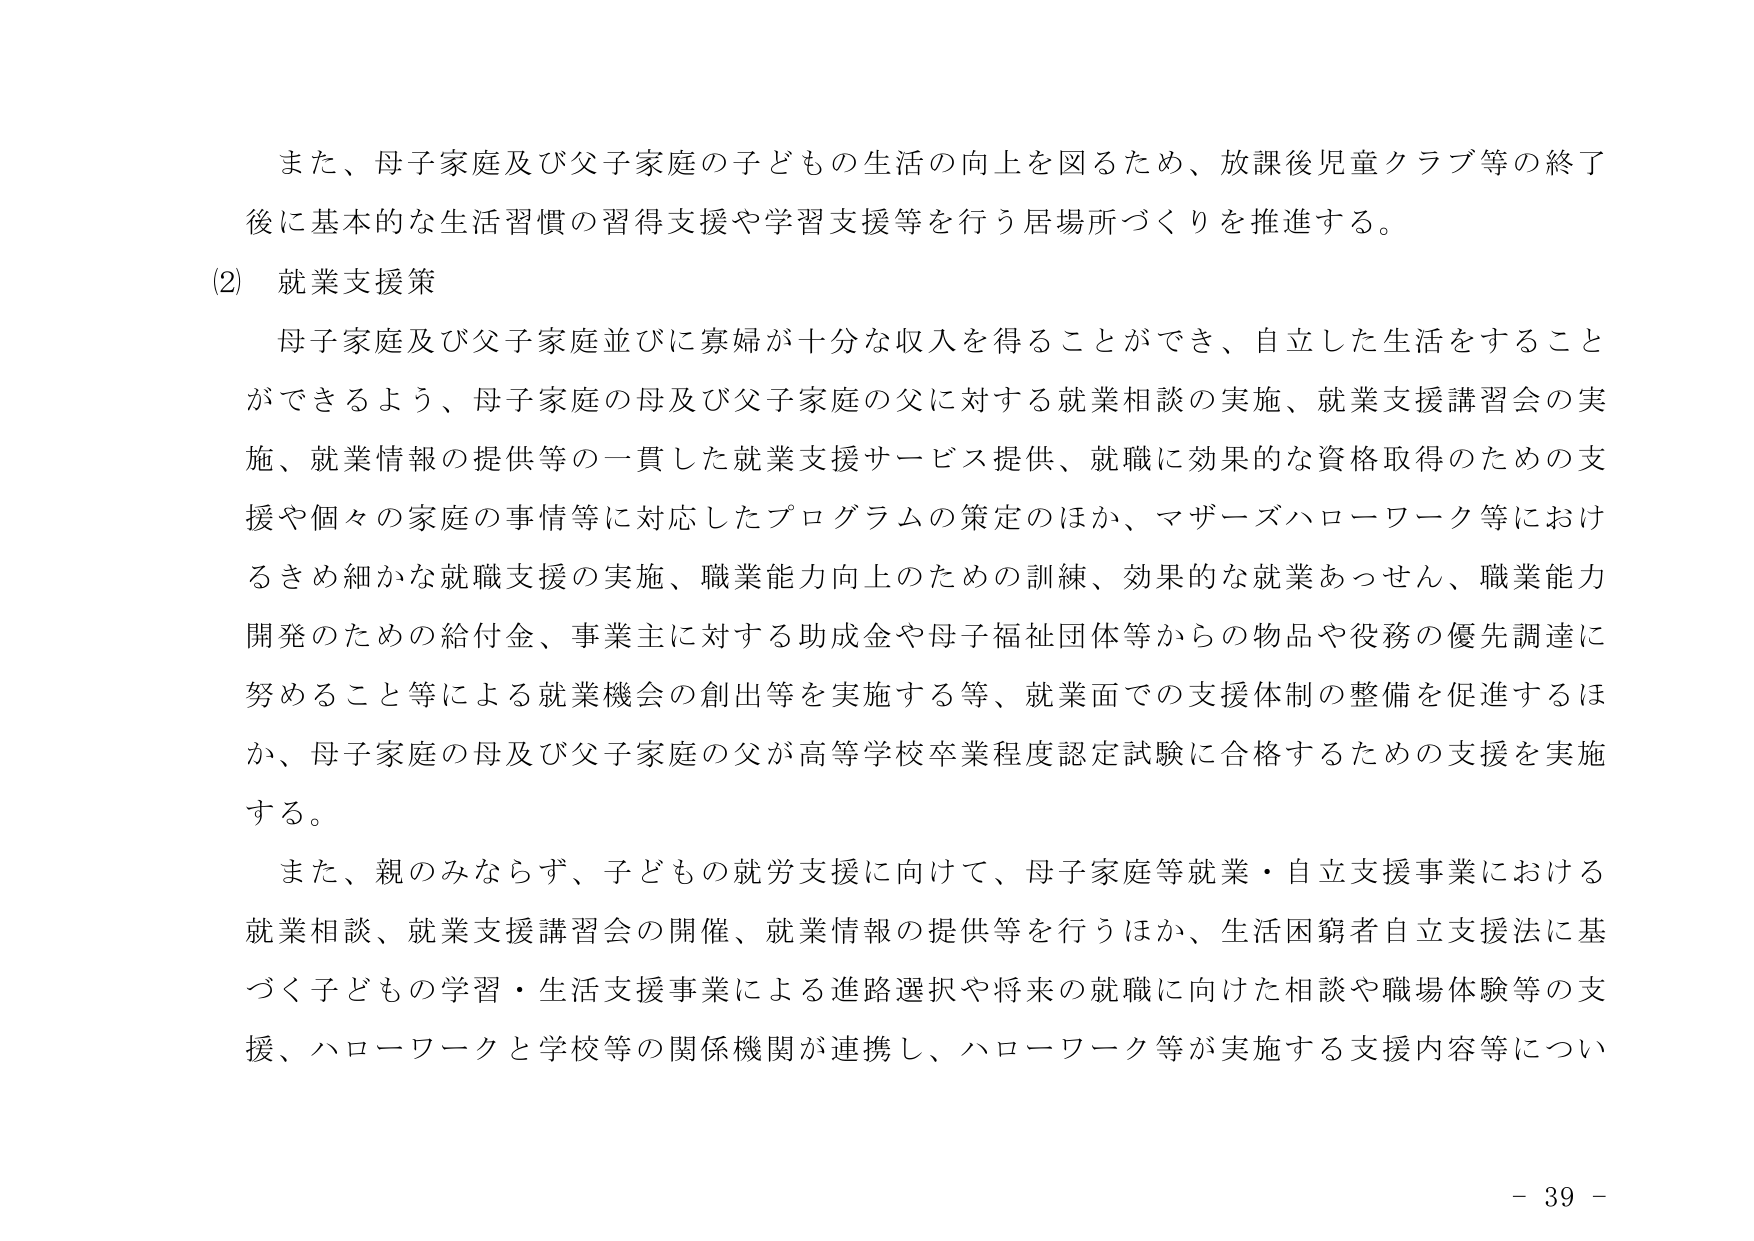
また、母子家庭及び父子家庭の子どもの生活の向上を図るため、放課後児童クラブ等の終了後に基本的生活習慣の習得支援や学習支援等を行う居場所づくりを推進する。

(2) 就業支援策

母子家庭及び父子家庭並びに寡婦が十分な収入を得ることができ、自立した生活をすることができるよう、母子家庭の母及び父子家庭の父に対する就業相談の実施、就業支援講習会の実施、就業情報の提供等の一貫した就業支援サービス提供、就職に効果的な資格取得のための支援や個々の家庭の事情等に対応したプログラムの策定のほか、マザーズハローワーク等におけるきめ細かな就職支援の実施、職業能力向上のための訓練、効果的な就業あっせん、職業能力開発のための給付金、事業主に対する助成金や母子福祉団体等からの物品や役務の優先調達に努めること等による就業機会の創出等を実施する等、就業面での支援体制の整備を促進するほか、母子家庭の母及び父子家庭の父が高等学校卒業程度認定試験に合格するための支援を実施する。

また、親のみならず、子どもの就労支援に向けて、母子家庭等就業・自立支援事業における就業相談、就業支援講習会の開催、就業情報の提供等を行うほか、生活困窮者自立支援法に基づく子どもの学習・生活支援事業による進路選択や将来の就職に向けた相談や職場体験等の支援、ハローワークと学校等の関係機関が連携し、ハローワーク等が実施する支援内容等について

- 39 -